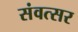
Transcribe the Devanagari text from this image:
संवत्‍सर